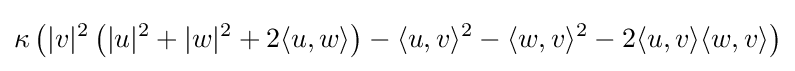
\kappa \left(|v|^{2}\left(|u|^{2}+|w|^{2}+2\langle u,w\rangle \right)-\langle u,v\rangle ^{2}-\langle w,v\rangle ^{2}-2\langle u,v\rangle \langle w,v\rangle \right)